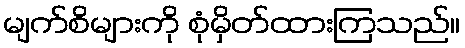
မျက်စိများကို စုံမှိတ်ထားကြသည်။